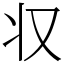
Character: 𠬧